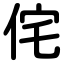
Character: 侘